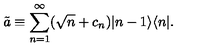
\tilde { a } \equiv \sum _ { n = 1 } ^ { \infty } ( \sqrt { n } + c _ { n } ) | n - 1 \rangle \langle n | .